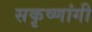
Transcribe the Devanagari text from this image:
सकृष्णांगी